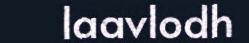
laavlodh